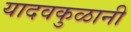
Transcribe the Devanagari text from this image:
यादवकुळानी